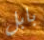
بابل